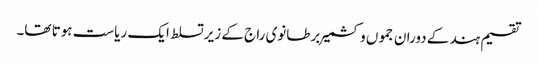
تقسیم ہند کے دوران جموں و کشمیر برطانوی راج کے زیر تسلط ایک ریاست ہوتا تھا۔